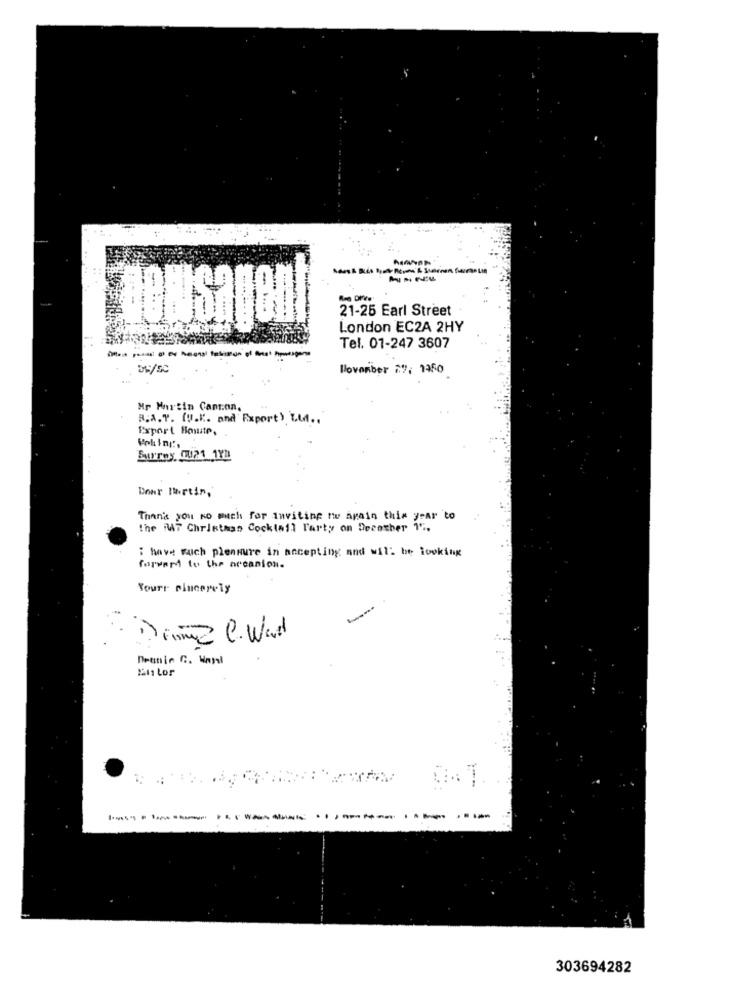
- :..
21-25 Earl Street
London EC2A 2HY
Tel. 01-247 3607
November 29, 1250
Mr Martin Canton,
B.A.T. (V.K. and Export) La ..
Export Howte,
Burroy 0U21 1YD
Bonr Itartin,
Thank you so much for Inviting to again this year to
the M7 Christhas Cocktail Party on Decother 1" .,
: have such pleasure in accepting and will be looking
forvent to the occasion.
Yours sincerely
Domme C. Wad
Deenin C. Maysl
2211 Lor
---------
303694282